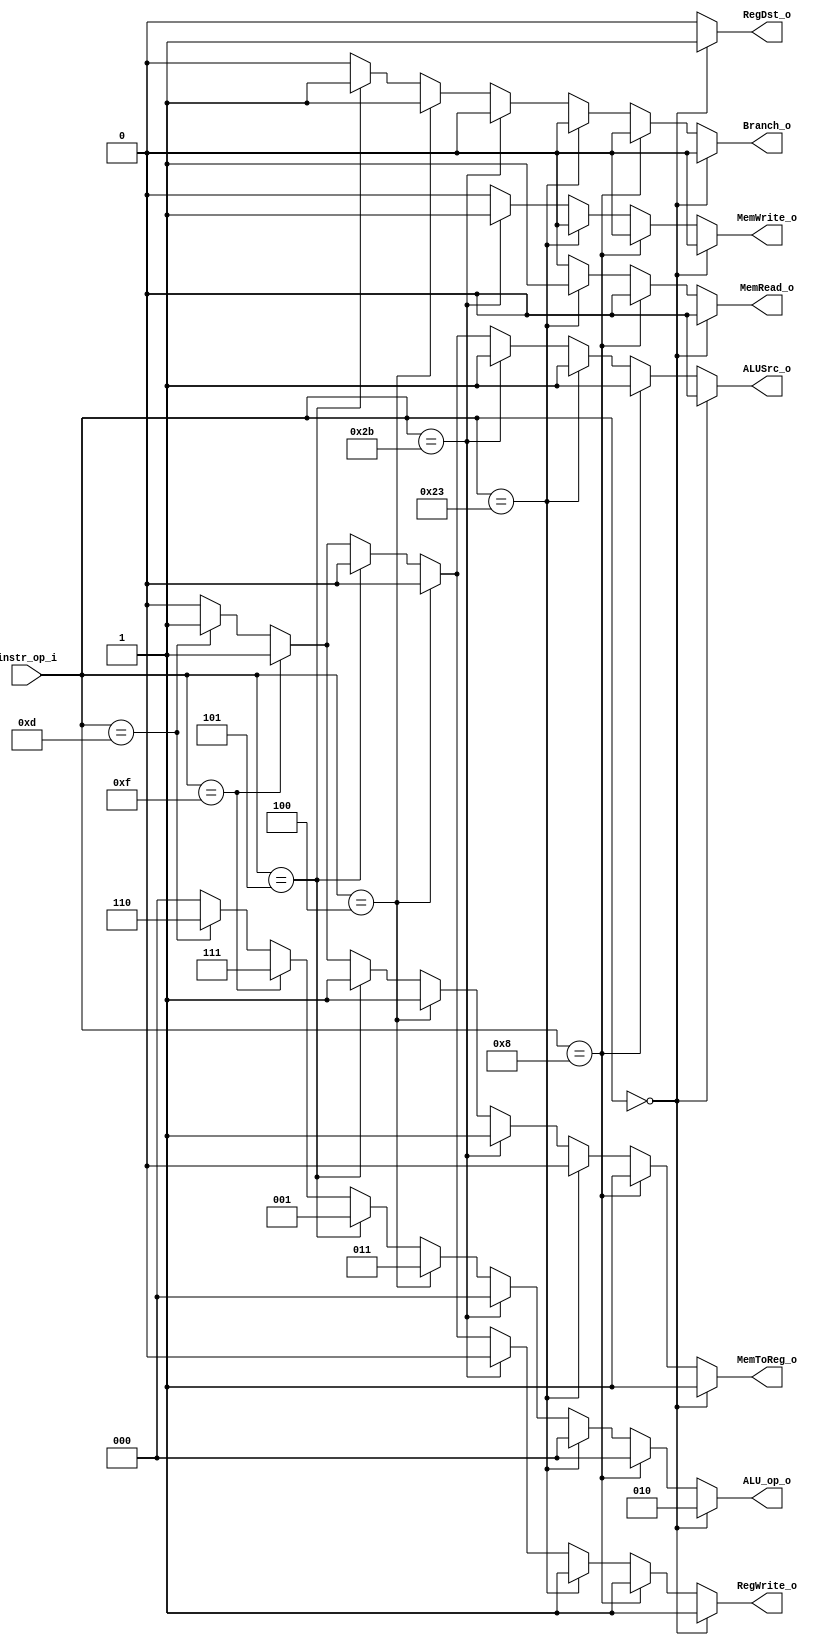
//Subject:     CO project 2 - Decoder
//--------------------------------------------------------------------------------
//Version:     1
//--------------------------------------------------------------------------------
//Writer:     0416001  0416225 
//----------------------------------------------
//Date:        
//----------------------------------------------
//Description: 
//--------------------------------------------------------------------------------

module Decoder(
    instr_op_i,
	RegWrite_o,
	ALU_op_o,
	ALUSrc_o,
	RegDst_o,
	Branch_o,
	MemRead_o,
	MemWrite_o,
	MemToReg_o,
	);
     
//I/O ports
input  [6-1:0] instr_op_i;

output         RegWrite_o;
output [3-1:0] ALU_op_o;
output         ALUSrc_o;
output 		   RegDst_o;
output         Branch_o; 	
output		   MemRead_o;
output		   MemWrite_o;
output 		   MemToReg_o;

//Internal Signals
reg    [3-1:0] ALU_op_o;
reg            ALUSrc_o;
reg            RegWrite_o;
reg    		   RegDst_o;
reg            Branch_o;
reg 		   MemRead_o;
reg 	       MemWrite_o;
reg			   MemToReg_o;
//Parameter
parameter R_type = 6'b000000;
parameter beq = 6'b000100;
parameter bne = 6'b000101;
parameter addi = 6'b001000;
parameter lui = 6'b001111;
parameter ori = 6'b001101;
parameter lw=6'b100011;
parameter sw=6'b101011;
//Main function
always@(*) begin
	if(instr_op_i == R_type) begin
		MemRead_o = 1'b0;
		MemWrite_o = 1'b0;
		Branch_o = 1'b0;
		ALUSrc_o = 1'b0;
		ALU_op_o = 3'b010;
		RegDst_o = 1'b1;
		RegWrite_o = 1'b1;
		MemToReg_o = 1'b1;
	end 
	else if(instr_op_i == addi) begin
		MemRead_o = 1'b0;
		MemWrite_o = 1'b0;
		Branch_o = 1'b0;
		ALUSrc_o = 1'b1;
		ALU_op_o = 3'b000;
		RegDst_o = 1'b0;
		RegWrite_o = 1'b1;	
		MemToReg_o = 1'b1;
	end
	else if(instr_op_i == lw)begin
		MemRead_o = 1'b1;
		MemWrite_o = 1'b0;
		Branch_o = 1'b0;
		ALUSrc_o = 1'b1;
		ALU_op_o = 3'b000;
		RegDst_o = 1'b0;
		RegWrite_o = 1'b1;
		MemToReg_o = 1'b0;
	end
	else if(instr_op_i == sw)begin
		MemRead_o = 1'b0;
		MemWrite_o = 1'b1;
		Branch_o = 1'b0;
		ALUSrc_o = 1'b1;
		ALU_op_o = 3'b000;
		RegDst_o = 1'b0;
		RegWrite_o = 1'b0;
		MemToReg_o = 1'b1;
	end
	else if(instr_op_i == beq) begin
		MemRead_o = 1'b0;
		MemWrite_o = 1'b0;
		Branch_o = 1'b1;
		ALUSrc_o = 1'b0;
		ALU_op_o = 3'b011;
		RegDst_o = 1'b0;
		RegWrite_o = 1'b0;
		MemToReg_o = 1'b1;
	end	
	else if(instr_op_i == bne) begin
		MemRead_o = 1'b0;
		MemWrite_o = 1'b0;
		Branch_o = 1'b1;
		ALUSrc_o = 1'b0;
		ALU_op_o = 3'b001;
		RegDst_o = 1'b0;
		RegWrite_o = 1'b0;	
		MemToReg_o = 1'b1;
	end
	else if(instr_op_i == lui) begin
		MemRead_o = 1'b0;
		MemWrite_o = 1'b0;
		Branch_o = 1'b0;
		ALUSrc_o = 1'b1;
		ALU_op_o = 3'b111; 
		RegDst_o = 1'b0;
		RegWrite_o = 1'b1;	
		MemToReg_o = 1'b1;		
	end
	else if(instr_op_i == ori) begin
		MemRead_o = 1'b0;
		MemWrite_o = 1'b0;
		Branch_o = 1'b0;
		ALUSrc_o = 1'b1;
		ALU_op_o = 3'b110; 
		RegDst_o = 1'b0;
		RegWrite_o = 1'b1;
		MemToReg_o = 1'b1;
	end
	else begin
		MemRead_o = 0;
		MemWrite_o = 0;
		Branch_o = 0;
		ALUSrc_o = 0;
		ALU_op_o = 0;
		RegDst_o = 0;
		RegWrite_o = 0;
		MemToReg_o = 0;
	end
end
endmodule